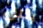
يخلق